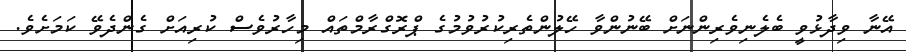
އޭނާ ވިދާޅުވީ ބެލެނިވެރިންނަށް ބޭނުންވާ ހޭލުންތެރިކުރުވުމުގެ ޕްރޮގްރާމްތައް މިހާރުވެސް ކުރިއަށް ގެންދެވޭ ކަމަށެވެ.